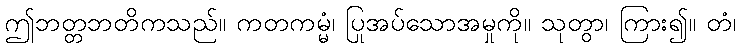
ဤဘတ္တဘတိကသည်။ ကတကမ္မံ၊ ပြုအပ်သောအမှုကို။ သုတွာ၊ ကြား၍။ တံ၊